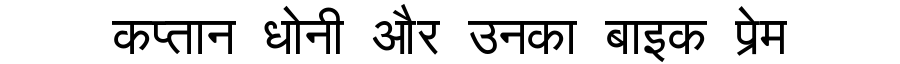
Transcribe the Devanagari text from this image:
कप्तान धोनी और उनका बाइक प्रेम